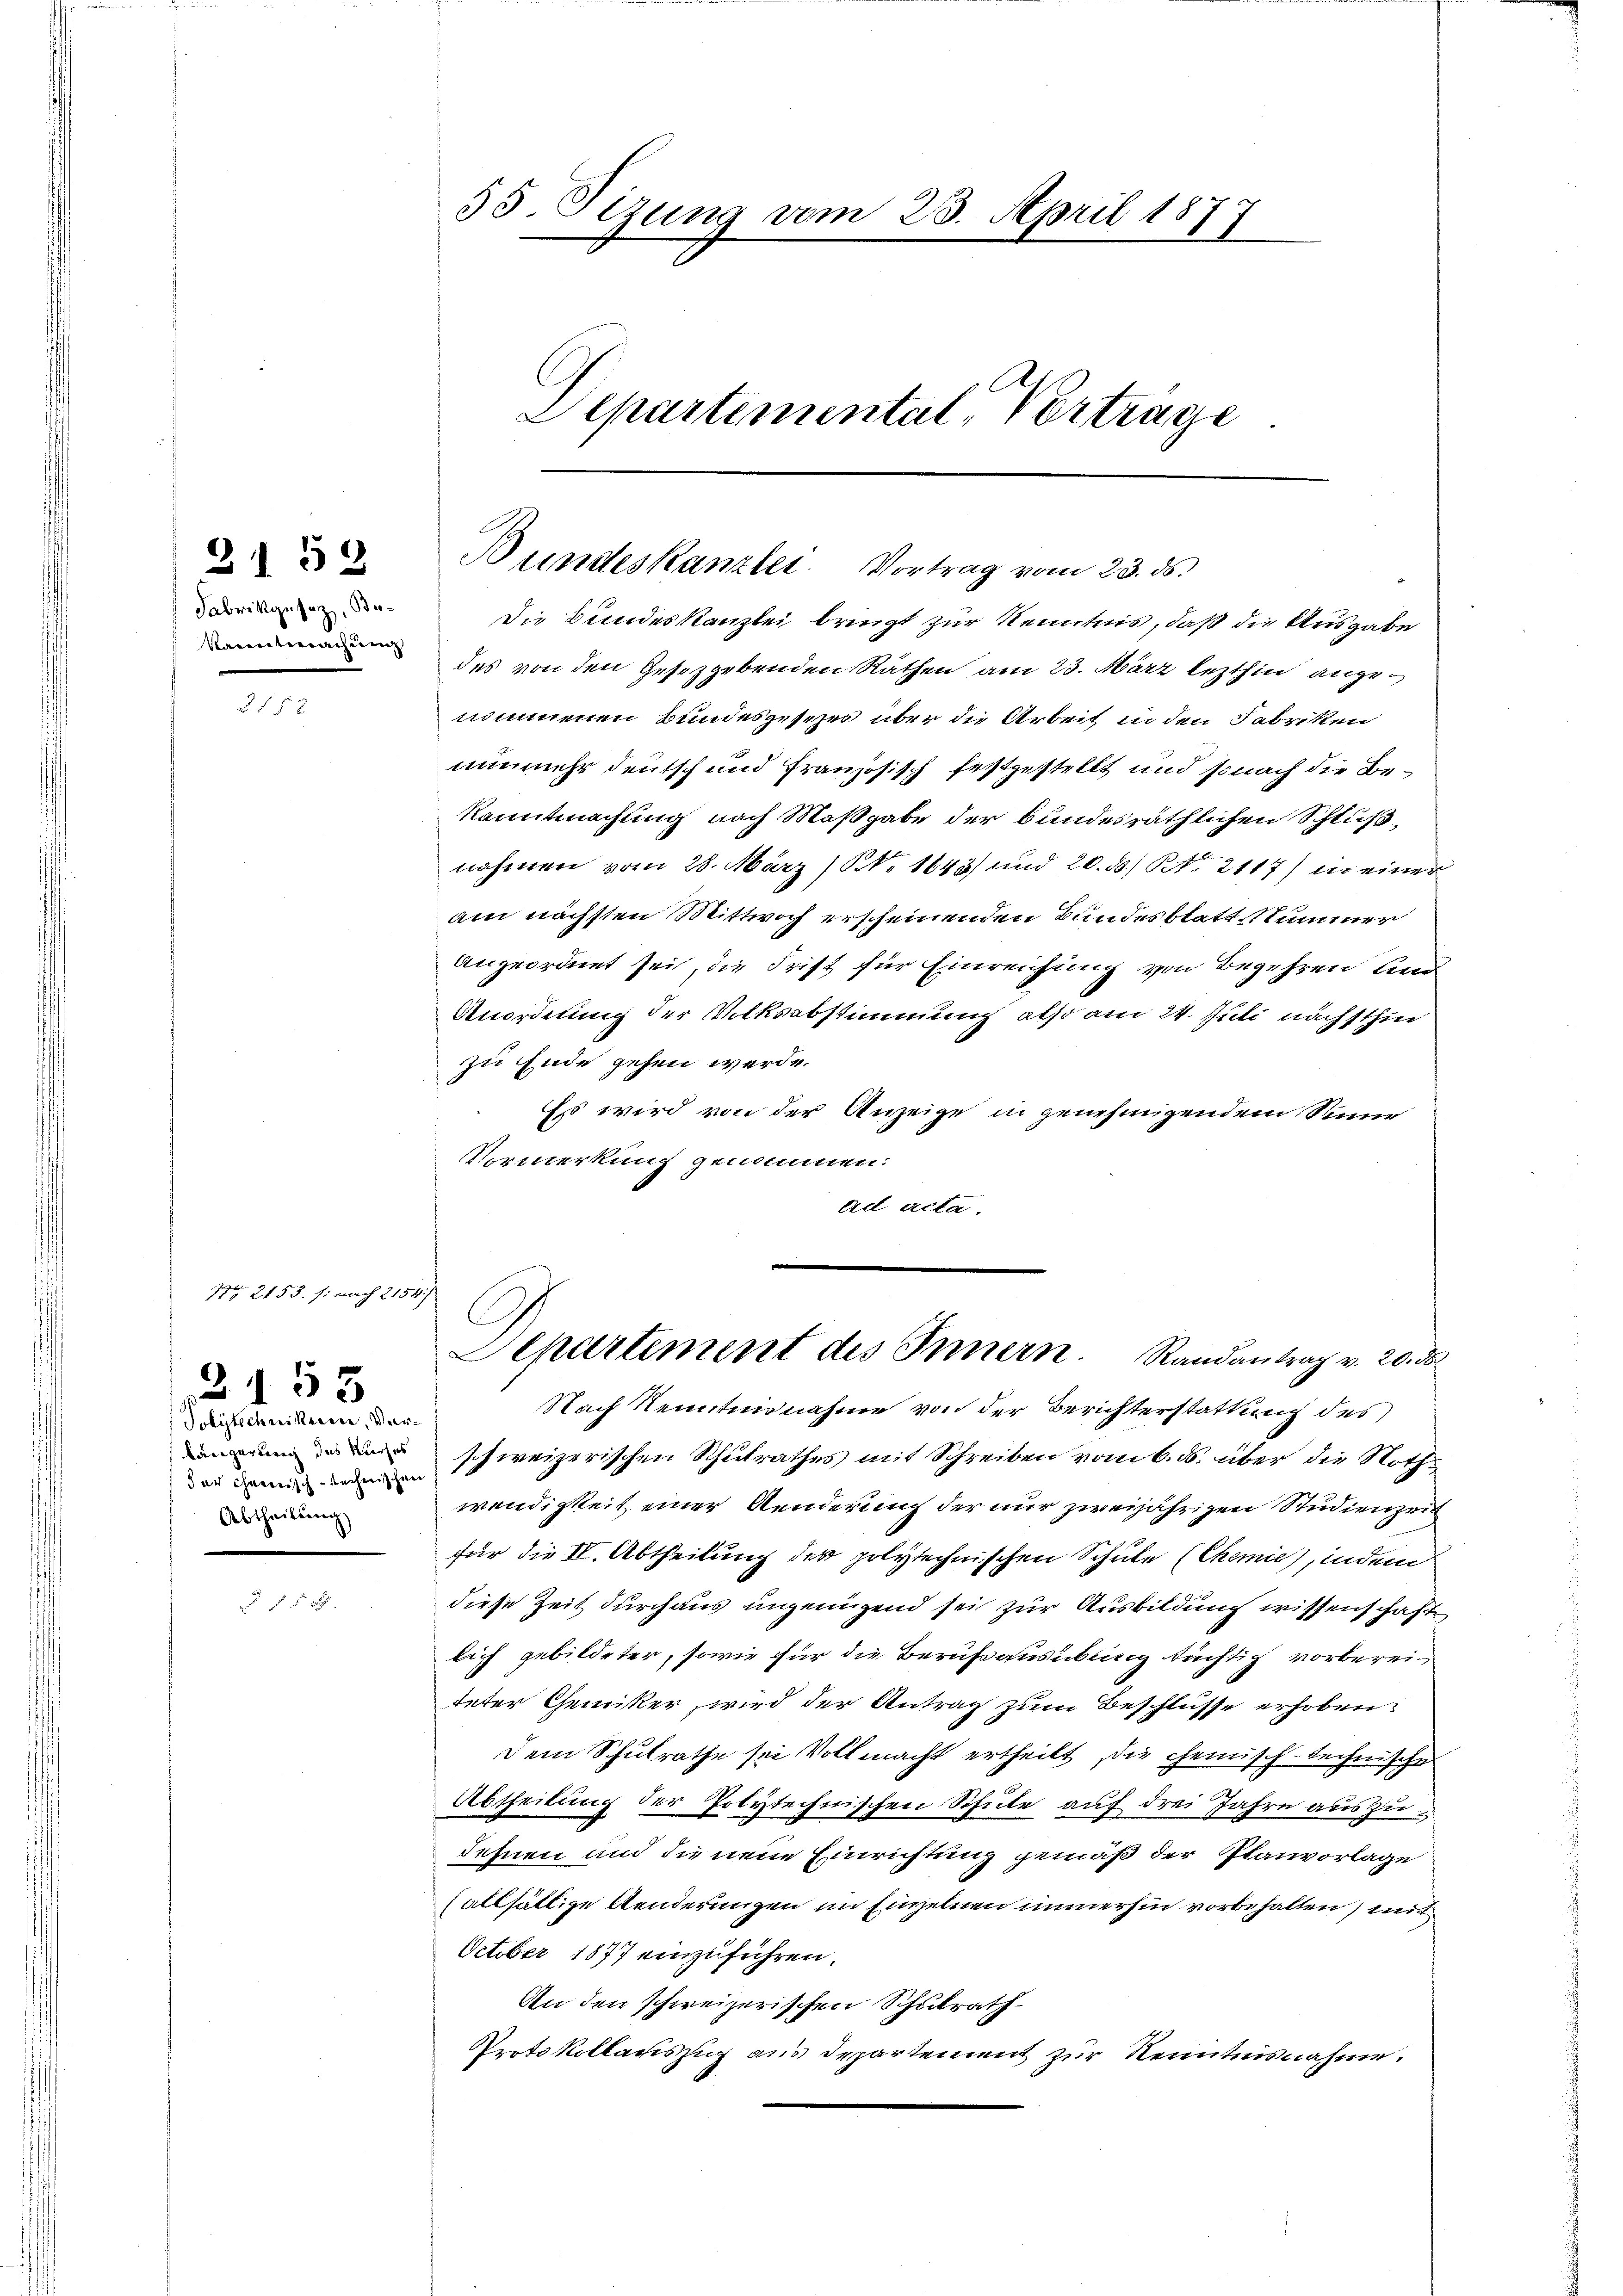
31 52

Fabrikgesetz, Bukanntmachung

u

Nr. 2153. /: nach 2154/
2153
Polytechnikeren, Verder ohnerisch-technischen
Abtheilŭng

f 5 x

Die Bundeskanzlei bringt zur Kenntnis, daß die Ausgabe
des von den Gesetzgebenden Räthen am 23. März lezthin angenommenen Bundesgesezes über die Arbeit in den Fabriken
nunmehr deutsch und französisch festgestellt und sonach die Bekanntmachung nach Maßgabe der bundesräthlichen Schlußnahmen vom 28. März (NNr 1643) und 20. 8. No. 2117) in einer
am nächsten Mittwoch erscheinenden Bundesblatt Nummer
angeordnet sei, die Frist für Einreichung von Begehren und
Anordnung der Volksabstimmung also am 24. Juli nachsthin
zu Ende gehen werde.
Es wird von der Anzeige in genehmigendem Sinne
Vormerkung genommen:
ad acta.

33. Sizung vom 23. April 18.
1
7
Departemental, Vortrage.

Nach Kenntnisnahme von der Berichterstattung des
un schweizerischen Schulrathes mit Schreiben vom 6. ds. über die Nothwendigkeit einer Aenderung der nur zweijährigen Studienzeit
für die II. Abtheilung der polytechnischen Schule (Chemie, indem
diese Zeit durchaus ungenügend sei zur Ausbildung wissenschaft
lich gebildeter, sowie für die Berufsausübung tüchtig vorberei
deter Chemiker, wird der Antrag zum Beschlüsse erhoben:
dem Schulrathe sei Vollmacht ertheilt, die chemisch-technische
Abtheilung der Polytechnischen Schule auf drei Jahre auszudehnen und die neue Einrichtung gemäß der Planvorlage
(allfällige Aenderungen im Einzelnen immerhin vorbehalten) mit
October 1877 einzuführen.
An den schweizerischen Schulrath
Protokollauszug aus Departement zur Kenntnisnahme.

Bundeskanzlei. Vortrag vom 23. ds.

C
Separtement des Innern. Randantrag v. 20. d